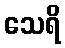
သေရိ